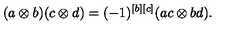
( a \otimes b ) ( c \otimes d ) = ( - 1 ) ^ { [ b ] [ c ] } ( a c \otimes b d ) .